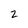
Character: 2